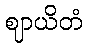
ဈာယိတံ